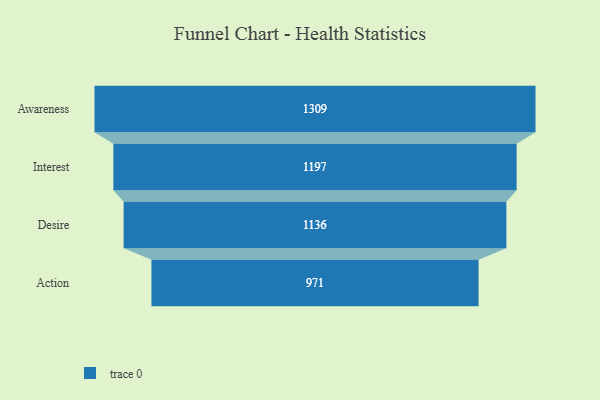
{"axis": {"x": "Stage", "y": "Value"}, "legend": [""], "data": [{"x": "Awareness", "y": 1309.0, "type": ""}, {"x": "Interest", "y": 1197.0, "type": ""}, {"x": "Desire", "y": 1136.0, "type": ""}, {"x": "Action", "y": 971.0, "type": ""}]}